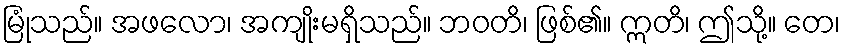
မြုံသည်။ အဖလော၊ အကျိုးမရှိသည်။ ဘဝတိ၊ ဖြစ်၏။ ဣတိ၊ ဤသို့။ တေ၊